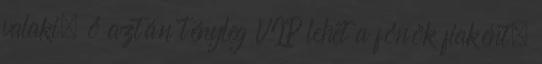
valaki, ő aztán tényleg VIP lehet a főnök fiaként.